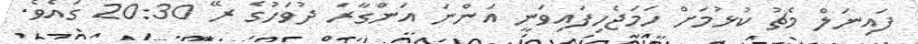
ފައިނަލް މެޗު ކުޅުމަށް ހަމަޖެހިފައިވަނީ އަންނަ އަންގާރަ ދުވަހުގެ ރޭ 20:30 ގައެވެ.